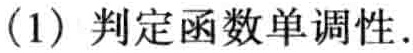
(1) 判定函数单调性.